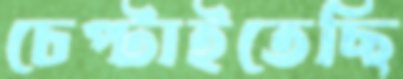
চেপ্‌টাইতেছি